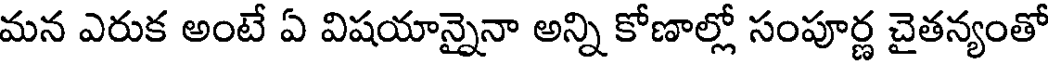
మన ఎరుక అంటే ఏ విషయాన్నైనా అన్ని కోణాల్లో సంపూర్ణ చైతన్యంతో